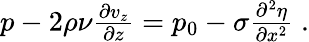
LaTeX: \begin{array}{r}{p-2\rho\nu\frac{\partial v_{z}}{\partial z}=p_{0}-\sigma\frac{\partial^{2}\eta}{\partial x^{2}}\; .}\end{array}